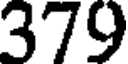
379